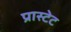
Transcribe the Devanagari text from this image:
प्रास्टेट